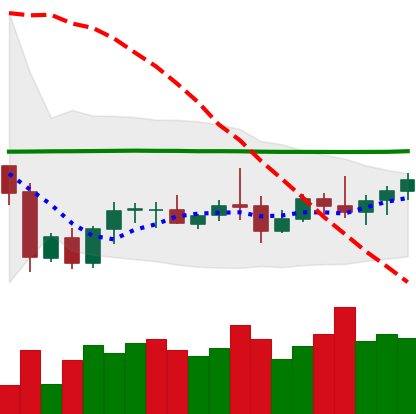
Ticker: LTC-USD
Chart end date: 2020-10-09
Forward return: 4.209%
Label: up_3_5